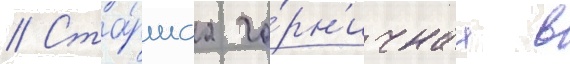
// Ста́ршаа го́рн'ичнаа в